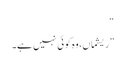
“
”ریشماں، وہ کوئی نہیں ہے۔